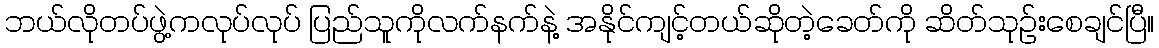
ဘယ်လိုတပ်ဖွဲ့ကလုပ်လုပ် ပြည်သူကိုလက်နက်နဲ့ အနိုင်ကျင့်တယ်ဆိုတဲ့ခေတ်ကို ဆိတ်သုဉ်းစေချင်ပြီ။